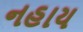
નહાય